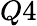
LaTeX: Q4